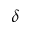
\delta